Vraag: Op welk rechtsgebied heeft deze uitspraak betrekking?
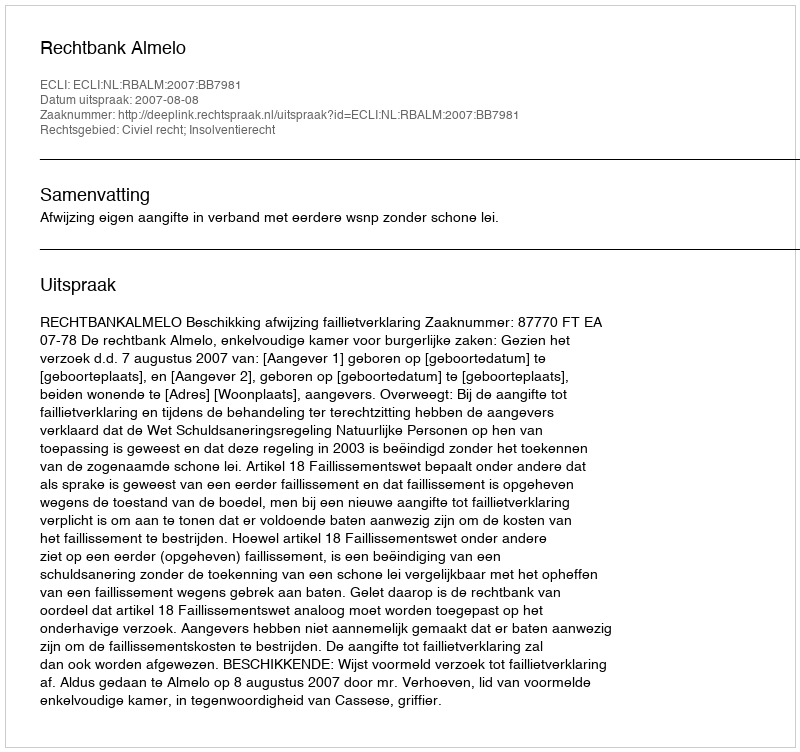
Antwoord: Civiel recht; Insolventierecht